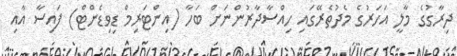
ދިރާގުގެ މާލީ އަހަރުގެ މެދުތެރޭގައި ހިއްސާދާރުންނަށް ބަހާ (އިންޓަރިމް ޑިވިޑެންޓް) ފައިސާ އާއި